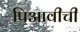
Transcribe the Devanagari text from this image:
पिआवीची